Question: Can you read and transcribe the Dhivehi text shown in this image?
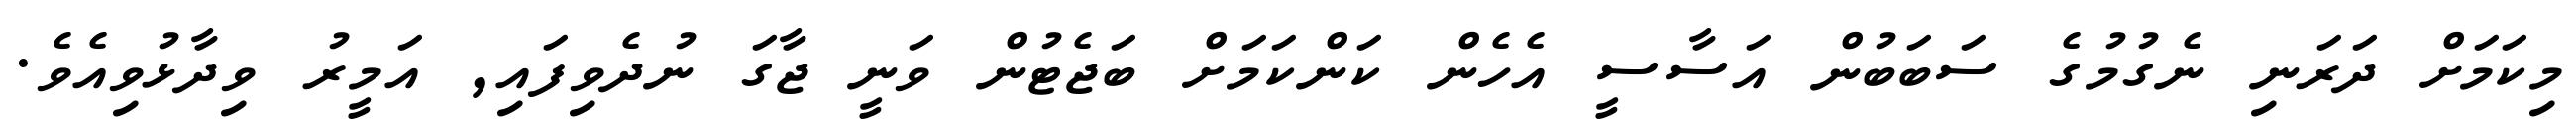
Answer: މިކަމަށް ދަރަނި ނެގުމުގެ ސަބަބުން އަސާސީ އެހެން ކަންކަމަށް ބަޖެޓުން ވަނީ ޖާގަ ނުދެވިފައި, އަމީރު ވިދާޅުވިއެވެ.